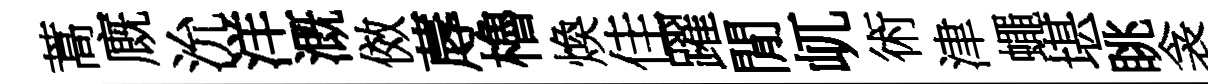
蒿廐沇洋溉傚蓐櫓煥佳躍閒屼術津蠅堪眺衾